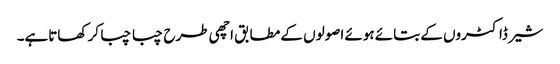
شیر ڈاکٹروں کے بتائے ہوئے اصولوں کے مطابق اچھی طرح چبا چبا کر کھاتاہے۔